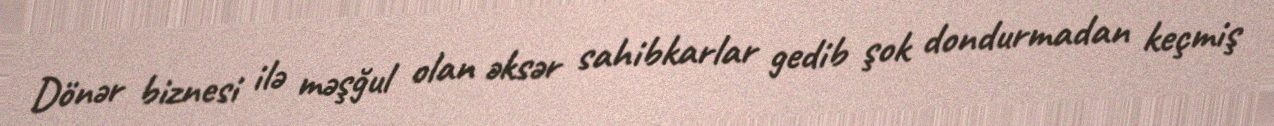
Dönər biznesi ilə məşğul olan əksər sahibkarlar gedib şok dondurmadan keçmiş